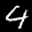
Label: 4